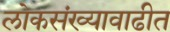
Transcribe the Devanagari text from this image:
लोकसंख्यावाढीत